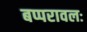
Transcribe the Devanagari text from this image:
बप्परावलः